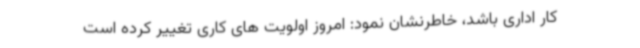
کار اداری باشد، خاطرنشان نمود: امروز اولویت های کاری تغییر کرده است